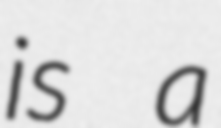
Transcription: is a